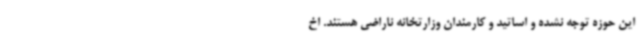
این حوزه توجه نشده و اساتید و کارمندان وزارتخانه ناراضی هستند. اخ